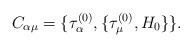
LaTeX: \begin{align*}C_{\alpha\mu}=\{\tau_\alpha ^{(0)} , \{\tau_\mu ^{(0)} , H_0\}\}. \end{align*}